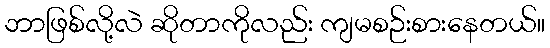
ဘာဖြစ်လို့လဲ ဆိုတာကိုလည်း ကျမစဉ်းစားနေတယ်။